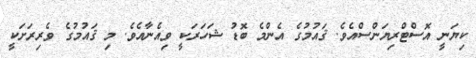
ކިޔަނީ އޮސްޓްރިޔަންސްއެވެ. ޤައުމުގެ އެންމެ ބޮޑު ޝަހަރަކީ ވިއެނާއެވެ. މި ޤައުމުގެ ވެރިރަށަކީ